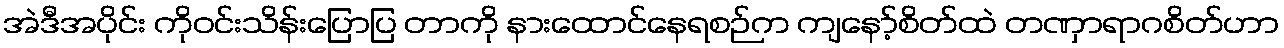
အဲဒီအပိုင်း ကိုဝင်းသိန်းပြောပြ တာကို နားထောင်နေရစဉ်က ကျနော့်စိတ်ထဲ တဏှာရာဂစိတ်ဟာ